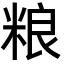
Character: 粮